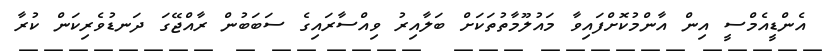
އެންޑީއެމްސީ އިން އާންމުކޮށްފައިވާ މައުލޫމާތުތަކަށް ބަލާއިރު ވިއްސާރައިގެ ސަބަބުން ރާއްޖޭގަ ދަނޑުވެރިކަން ކުރާ